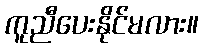
ကူညီပေးနိုင်မလား။